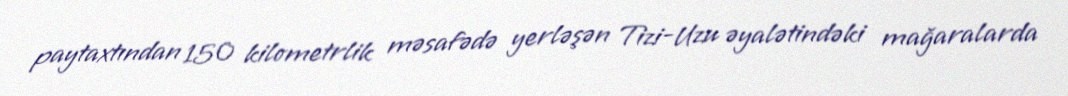
paytaxtından 150 kilometrlik məsafədə yerləşən Tizi-Uzu əyalətindəki mağaralarda